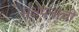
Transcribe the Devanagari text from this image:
संक्षेपनाची